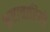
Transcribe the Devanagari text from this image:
भ्रष्टाचारियो